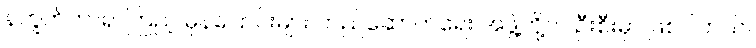
နက္ခတ်တာရာကြည့် မှန်ပြောင်းများ တည်ဆောက်ရေး အဖွဲ့တို့က ဦးစီးမှာ ဖြစ်ပါတယ်။